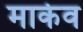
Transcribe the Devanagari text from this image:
मार्कव